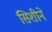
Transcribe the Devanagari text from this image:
सिशीने